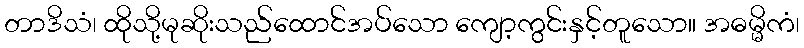
တာဒိသံ၊ ထိုသို့မုဆိုးသည်ထောင်အပ်သော ကျော့ကွင်းနှင့်တူသော။ အဓမ္မိကံ၊